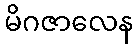
မိဂဇာလေန